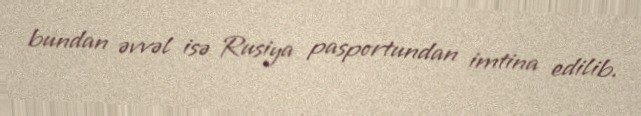
bundan əvvəl isə Rusiya pasportundan imtina edilib.